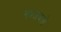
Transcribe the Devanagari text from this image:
खाजवतो